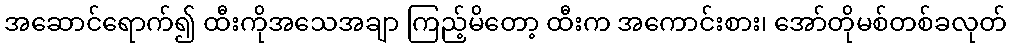
အဆောင်ရောက်၍ ထီးကိုအသေအချာ ကြည့်မိတော့ ထီးက အကောင်းစား၊ အော်တိုမစ်တစ်ခလုတ်